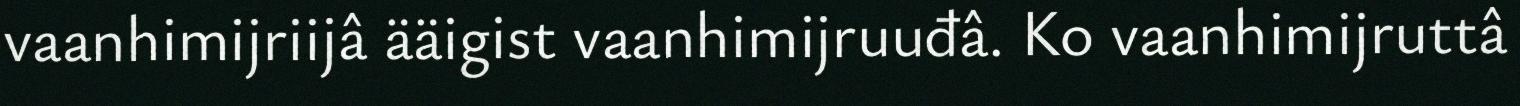
vaanhimijriijâ ääigist vaanhimijruuđâ. Ko vaanhimijruttâ